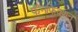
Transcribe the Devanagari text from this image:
फॅनफिक्शन